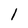
Character: l